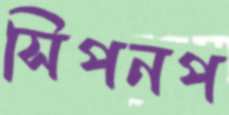
সিপনপ